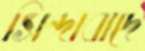
সিন্দাবাদে